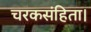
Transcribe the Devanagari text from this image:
चरकसंहिता।